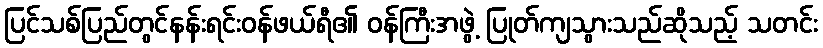
ပြင်သစ်ပြည်တွင်နန်းရင်းဝန်ဖယ်ရီ၏ ဝန်ကြီးအဖွဲ့ ပြုတ်ကျသွားသည်ဆိုသည့် သတင်း